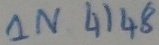
Text: 1N4148